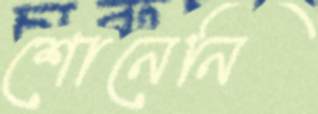
শোনেনি